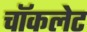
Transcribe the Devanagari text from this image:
चाॅकलेट